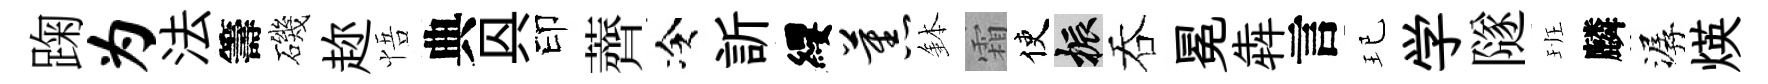
踘为法籌磯趂悟典㒷印薺冷訢纓蕉鉢霜使振吞冕犇言玘学隧班麟潺煐